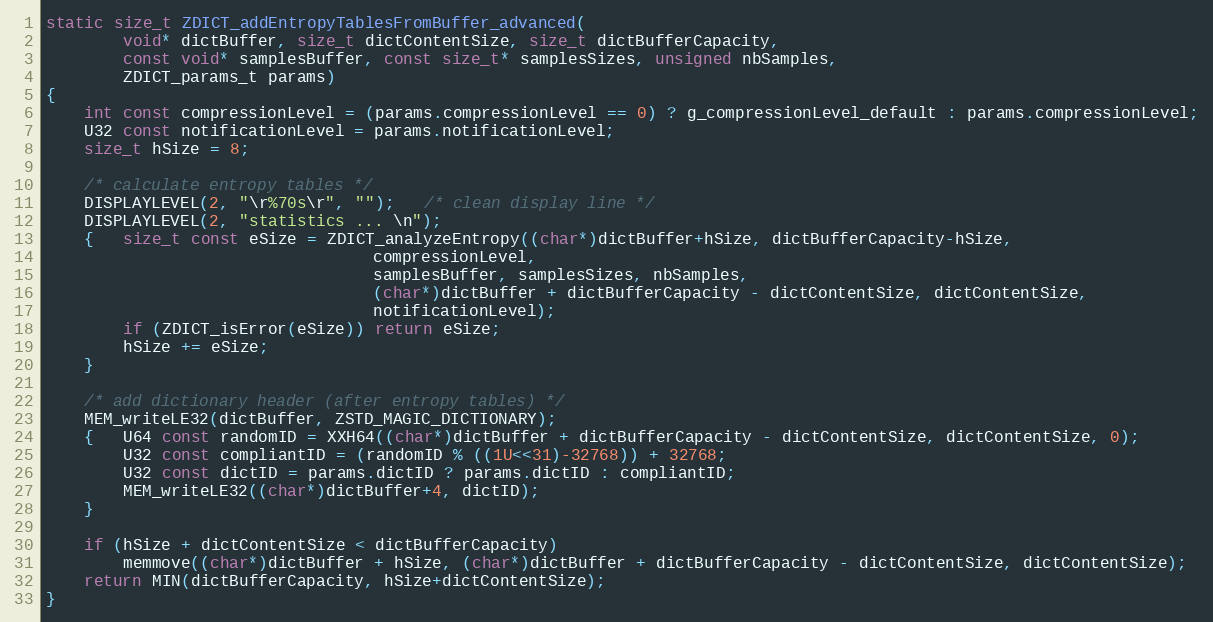
Language: C
static size_t ZDICT_addEntropyTablesFromBuffer_advanced(
        void* dictBuffer, size_t dictContentSize, size_t dictBufferCapacity,
        const void* samplesBuffer, const size_t* samplesSizes, unsigned nbSamples,
        ZDICT_params_t params)
{
    int const compressionLevel = (params.compressionLevel == 0) ? g_compressionLevel_default : params.compressionLevel;
    U32 const notificationLevel = params.notificationLevel;
    size_t hSize = 8;

    /* calculate entropy tables */
    DISPLAYLEVEL(2, "\r%70s\r", "");   /* clean display line */
    DISPLAYLEVEL(2, "statistics ... \n");
    {   size_t const eSize = ZDICT_analyzeEntropy((char*)dictBuffer+hSize, dictBufferCapacity-hSize,
                                  compressionLevel,
                                  samplesBuffer, samplesSizes, nbSamples,
                                  (char*)dictBuffer + dictBufferCapacity - dictContentSize, dictContentSize,
                                  notificationLevel);
        if (ZDICT_isError(eSize)) return eSize;
        hSize += eSize;
    }

    /* add dictionary header (after entropy tables) */
    MEM_writeLE32(dictBuffer, ZSTD_MAGIC_DICTIONARY);
    {   U64 const randomID = XXH64((char*)dictBuffer + dictBufferCapacity - dictContentSize, dictContentSize, 0);
        U32 const compliantID = (randomID % ((1U<<31)-32768)) + 32768;
        U32 const dictID = params.dictID ? params.dictID : compliantID;
        MEM_writeLE32((char*)dictBuffer+4, dictID);
    }

    if (hSize + dictContentSize < dictBufferCapacity)
        memmove((char*)dictBuffer + hSize, (char*)dictBuffer + dictBufferCapacity - dictContentSize, dictContentSize);
    return MIN(dictBufferCapacity, hSize+dictContentSize);
}